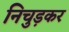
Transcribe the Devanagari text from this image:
निचुड़कर